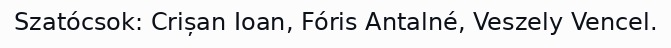
Szatócsok: Crișan Ioan, Fóris Antalné, Veszely Vencel.